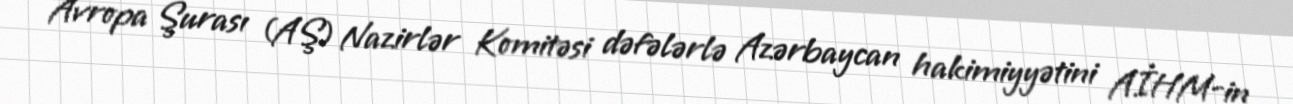
Avropa Şurası (AŞ) Nazirlər Komitəsi dəfələrlə Azərbaycan hakimiyyətini AİHM-in